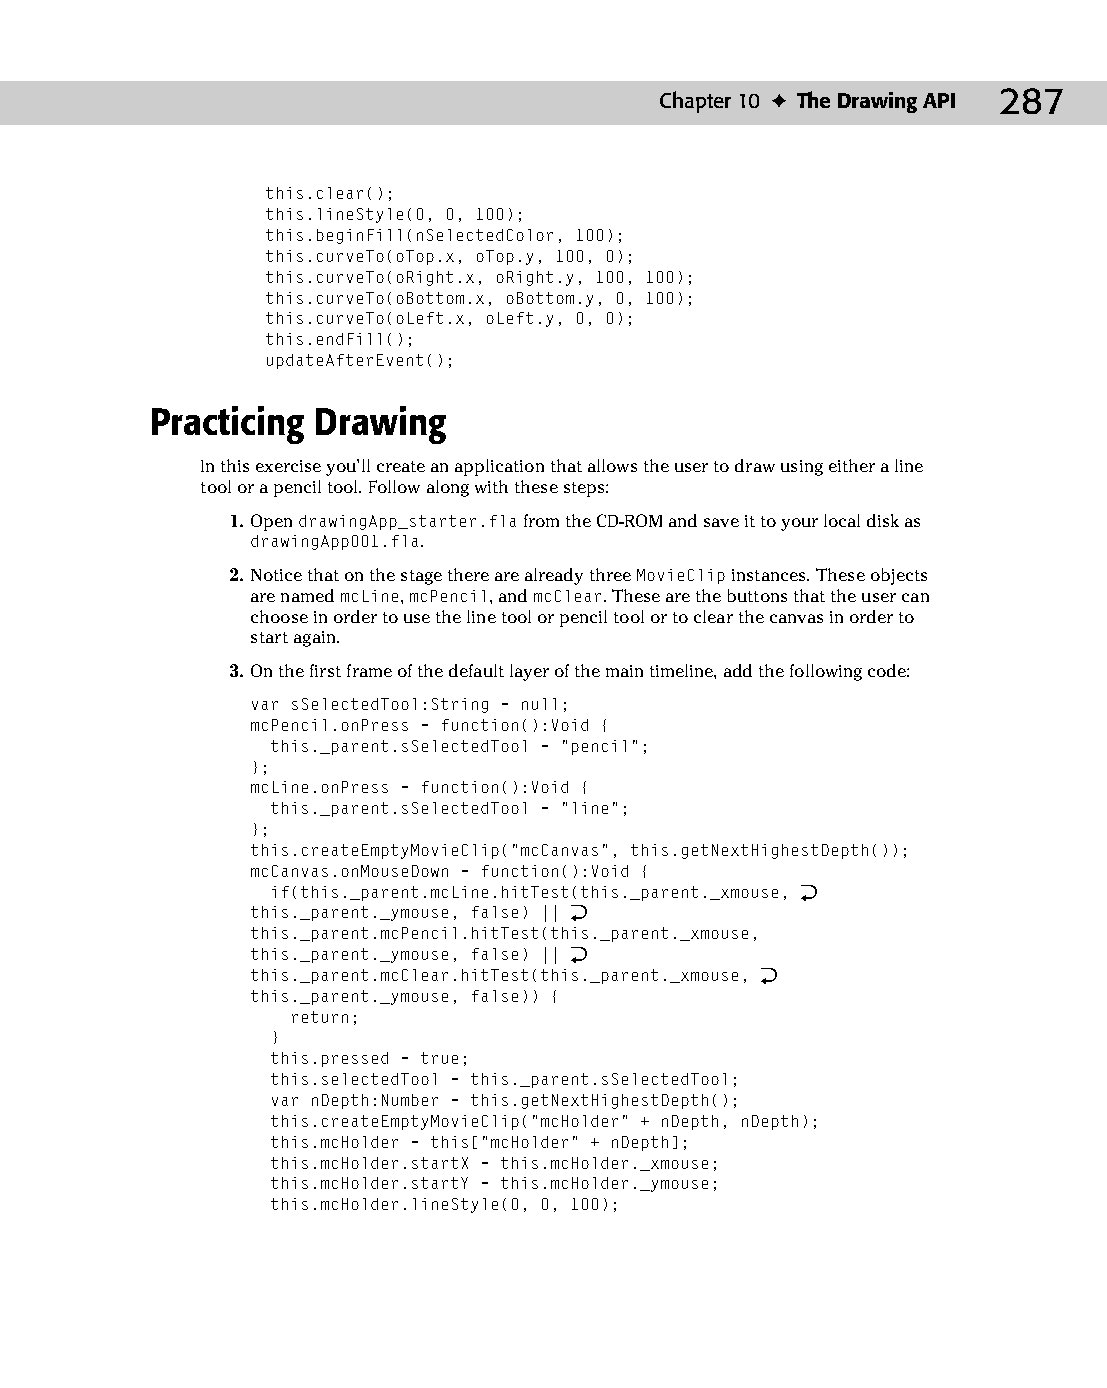
14 543547 ch10.qxd 3/24/04 3:49 PM Page 287
 Chapter 10 ✦ The Drawing API 287
 this.clear();
 this.lineStyle(0, 0, 100);
 this.beginFill(nSelectedColor, 100);
 this.curveTo(oTop.x, oTop.y, 100, 0);
 this.curveTo(oRight.x, oRight.y, 100, 100);
 this.curveTo(oBottom.x, oBottom.y, 0, 100);
 this.curveTo(oLeft.x, oLeft.y, 0, 0);
 this.endFill();
 updateAfterEvent();
 Practicing Drawing
 In this exercise you’ll create an application that allows the user to draw using either a line
 tool or a pencil tool. Follow along with these steps:
 1. Open drawingApp_starter.fla from the CD-ROM and save it to your local disk as
 drawingApp001.fla.
 2. Notice that on the stage there are already three MovieClip instances. These objects
 are named mcLine, mcPencil, and mcClear. These are the buttons that the user can
 choose in order to use the line tool or pencil tool or to clear the canvas in order to
 start again.
 3. On the first frame of the default layer of the main timeline, add the following code:
 var sSelectedTool:String = null;
 mcPencil.onPress = function():Void {
 this._parent.sSelectedTool = “pencil”;
 };
 mcLine.onPress = function():Void {
 this._parent.sSelectedTool = “line”;
 };
 this.createEmptyMovieClip(“mcCanvas”, this.getNextHighestDepth());
 mcCanvas.onMouseDown = function():Void {
 if(this._parent.mcLine.hitTest(this._parent._xmouse, Æ
 this._parent._ymouse, false) || Æ
 this._parent.mcPencil.hitTest(this._parent._xmouse,
 this._parent._ymouse, false) || Æ
 this._parent.mcClear.hitTest(this._parent._xmouse, Æ
 this._parent._ymouse, false)) {
 return;
 }
 this.pressed = true;
 this.selectedTool = this._parent.sSelectedTool;
 var nDepth:Number = this.getNextHighestDepth();
 this.createEmptyMovieClip(“mcHolder” + nDepth, nDepth);
 this.mcHolder = this[“mcHolder” + nDepth];
 this.mcHolder.startX = this.mcHolder._xmouse;
 this.mcHolder.startY = this.mcHolder._ymouse;
 this.mcHolder.lineStyle(0, 0, 100);